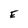
Character: E